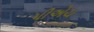
પીએચ